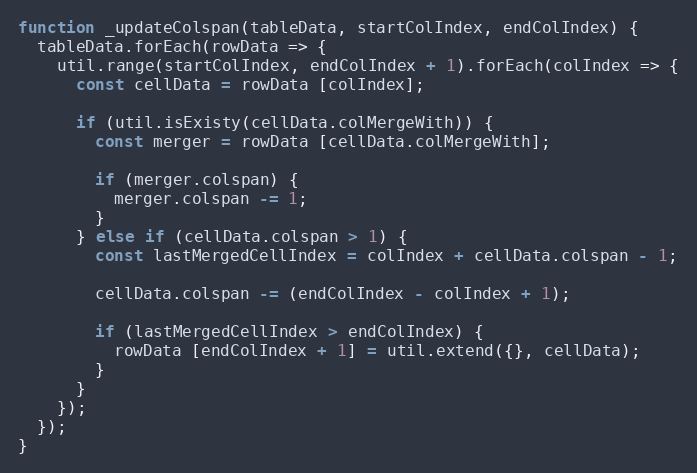
Language: JavaScript
function _updateColspan(tableData, startColIndex, endColIndex) {
  tableData.forEach(rowData => {
    util.range(startColIndex, endColIndex + 1).forEach(colIndex => {
      const cellData = rowData [colIndex];

      if (util.isExisty(cellData.colMergeWith)) {
        const merger = rowData [cellData.colMergeWith];

        if (merger.colspan) {
          merger.colspan -= 1;
        }
      } else if (cellData.colspan > 1) {
        const lastMergedCellIndex = colIndex + cellData.colspan - 1;

        cellData.colspan -= (endColIndex - colIndex + 1);

        if (lastMergedCellIndex > endColIndex) {
          rowData [endColIndex + 1] = util.extend({}, cellData);
        }
      }
    });
  });
}